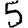
Digit: 5